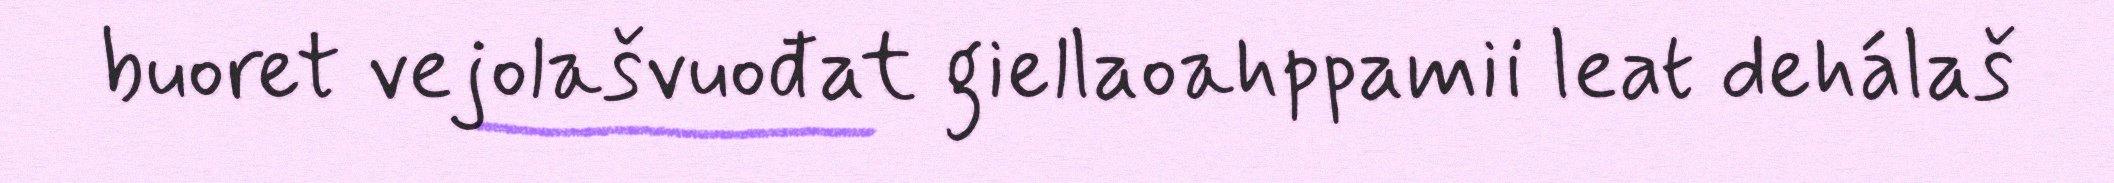
buoret vejolašvuođat giellaoahppamii leat dehálaš